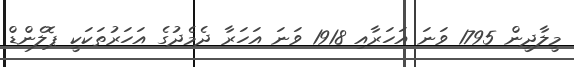
މީލާދީން 1795 ވަނަ އަހަރާއި 1918 ވަނަ އަހަރާ ދެމެދުގެ އަހަރުތަކަކީ ޕޮލެންޑް